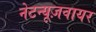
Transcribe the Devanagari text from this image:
नेटन्यूज़वायर